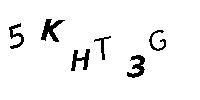
5KHT3G